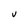
Character: v